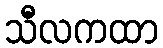
သီလကထာ